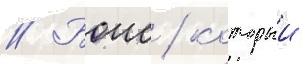
// Боис / которыи